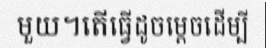
មួយ។តើធ្វើដូចម្តេចដើម្បី